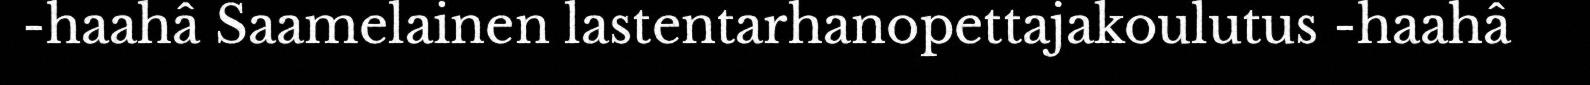
-haahâ Saamelainen lastentarhanopettajakoulutus -haahâ